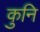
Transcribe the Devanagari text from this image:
कुनि